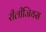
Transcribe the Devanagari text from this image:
रीलीजियस